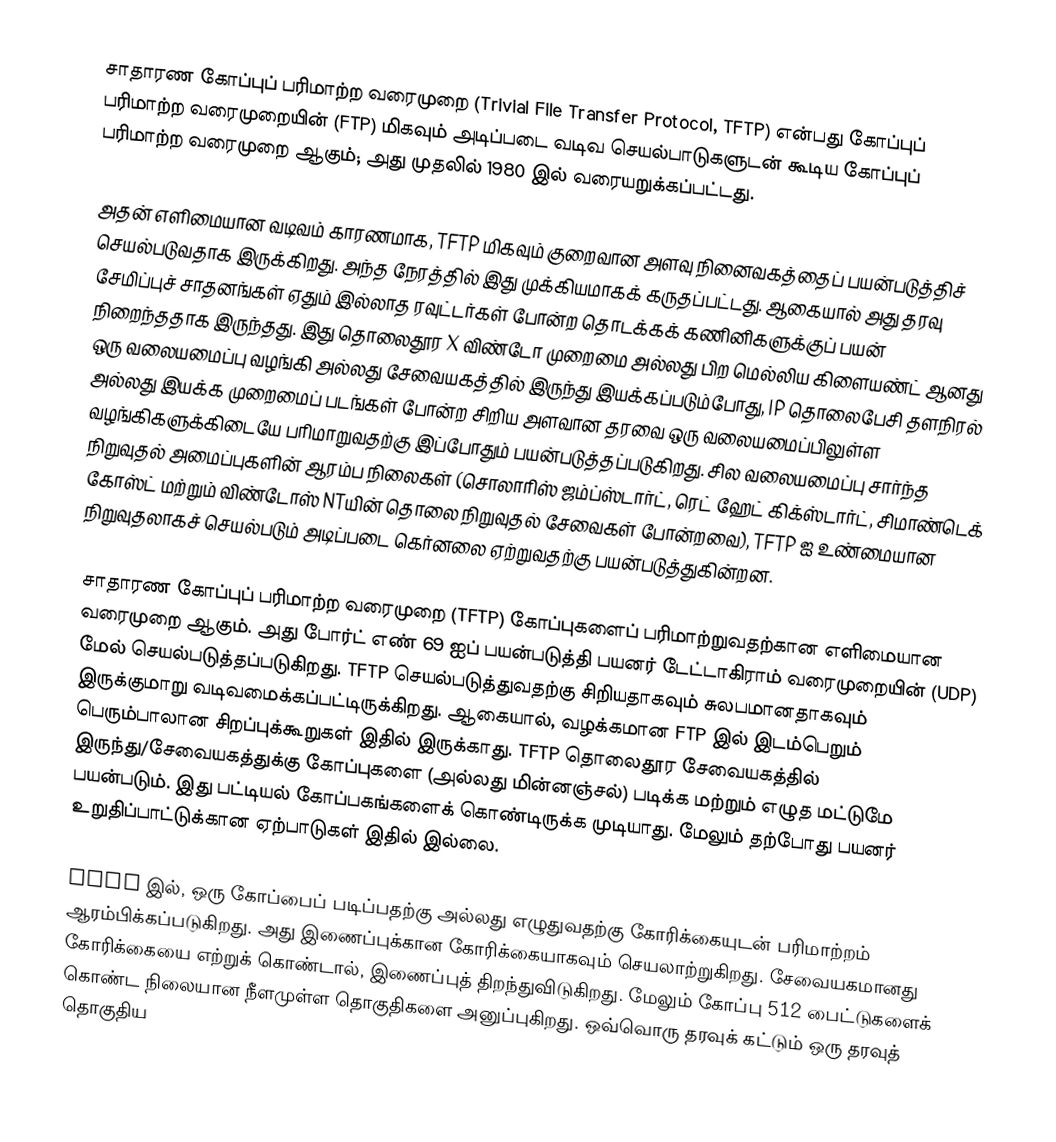
சாதாரண கோப்புப் பரிமாற்ற வரைமுறை (Trivial File Transfer Protocol, TFTP) என்பது கோப்புப் பரிமாற்ற வரைமுறையின் (FTP) மிகவும் அடிப்படை வடிவ செயல்பாடுகளுடன் கூடிய கோப்புப் பரிமாற்ற வரைமுறை ஆகும்; அது முதலில் 1980 இல் வரையறுக்கப்பட்டது.

அதன் எளிமையான வடிவம் காரணமாக, TFTP மிகவும் குறைவான அளவு நினைவகத்தைப் பயன்படுத்திச் செயல்படுவதாக இருக்கிறது. அந்த நேரத்தில் இது முக்கியமாகக் கருதப்பட்டது. ஆகையால் அது தரவு சேமிப்புச் சாதனங்கள் ஏதும் இல்லாத ரவுட்டர்கள் போன்ற தொடக்கக் கணினிகளுக்குப் பயன் நிறைந்ததாக இருந்தது. இது தொலைதூர X விண்டோ முறைமை அல்லது பிற மெல்லிய கிளையண்ட் ஆனது ஒரு வலையமைப்பு வழங்கி அல்லது சேவையகத்தில் இருந்து இயக்கப்படும்போது, IP தொலைபேசி தளநிரல் அல்லது இயக்க முறைமைப் படங்கள் போன்ற சிறிய அளவான தரவை ஒரு வலையமைப்பிலுள்ள வழங்கிகளுக்கிடையே பரிமாறுவதற்கு இப்போதும் பயன்படுத்தப்படுகிறது. சில வலையமைப்பு சார்ந்த நிறுவுதல் அமைப்புகளின் ஆரம்ப நிலைகள் (சொலாரிஸ் ஜம்ப்ஸ்டார்ட், ரெட் ஹேட் கிக்ஸ்டார்ட், சிமாண்டெக் கோஸ்ட் மற்றும் விண்டோஸ் NTயின் தொலை நிறுவுதல் சேவைகள் போன்றவை), TFTP ஐ உண்மையான நிறுவுதலாகச் செயல்படும் அடிப்படை கெர்னலை ஏற்றுவதற்கு பயன்படுத்துகின்றன.

சாதாரண கோப்புப் பரிமாற்ற வரைமுறை (TFTP) கோப்புகளைப் பரிமாற்றுவதற்கான எளிமையான வரைமுறை ஆகும். அது போர்ட் எண் 69 ஐப் பயன்படுத்தி பயனர் டேட்டாகிராம் வரைமுறையின் (UDP) மேல் செயல்படுத்தப்படுகிறது. TFTP செயல்படுத்துவதற்கு சிறியதாகவும் சுலபமானதாகவும் இருக்குமாறு வடிவமைக்கப்பட்டிருக்கிறது. ஆகையால், வழக்கமான FTP இல் இடம்பெறும் பெரும்பாலான சிறப்புக்கூறுகள் இதில் இருக்காது. TFTP தொலைதூர சேவையகத்தில் இருந்து/சேவையகத்துக்கு கோப்புகளை (அல்லது மின்னஞ்சல்) படிக்க மற்றும் எழுத மட்டுமே பயன்படும். இது பட்டியல் கோப்பகங்களைக் கொண்டிருக்க முடியாது. மேலும் தற்போது பயனர் உறுதிப்பாட்டுக்கான ஏற்பாடுகள் இதில் இல்லை.

TFTP இல், ஒரு கோப்பைப் படிப்பதற்கு அல்லது எழுதுவதற்கு கோரிக்கையுடன் பரிமாற்றம் ஆரம்பிக்கப்படுகிறது. அது இணைப்புக்கான கோரிக்கையாகவும் செயலாற்றுகிறது. சேவையகமானது கோரிக்கையை எற்றுக் கொண்டால், இணைப்புத் திறந்துவிடுகிறது. மேலும் கோப்பு 512 பைட்டுகளைக் கொண்ட நிலையான நீளமுள்ள தொகுதிகளை அனுப்புகிறது. ஒவ்வொரு தரவுக் கட்டும் ஒரு தரவுத் தொகுதிய